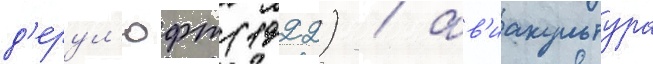
д'ерул'юфт (1922) / ав'иакультура